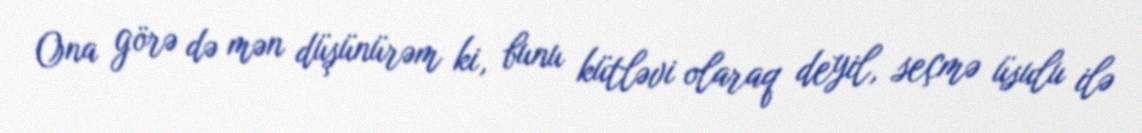
Ona görə də mən düşünürəm ki, bunu kütləvi olaraq deyil, seçmə üsulu ilə